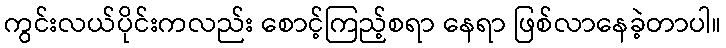
ကွင်းလယ်ပိုင်းကလည်း စောင့်ကြည့်စရာ နေရာ ဖြစ်လာနေခဲ့တာပါ။